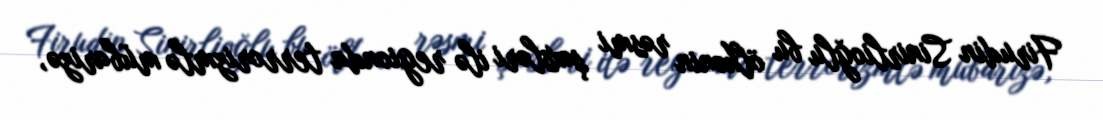
Firudin Sinirlioğlu bu ölkənin rəsmi şəxsləri ilə regionda terrorizmlə mübarizə,